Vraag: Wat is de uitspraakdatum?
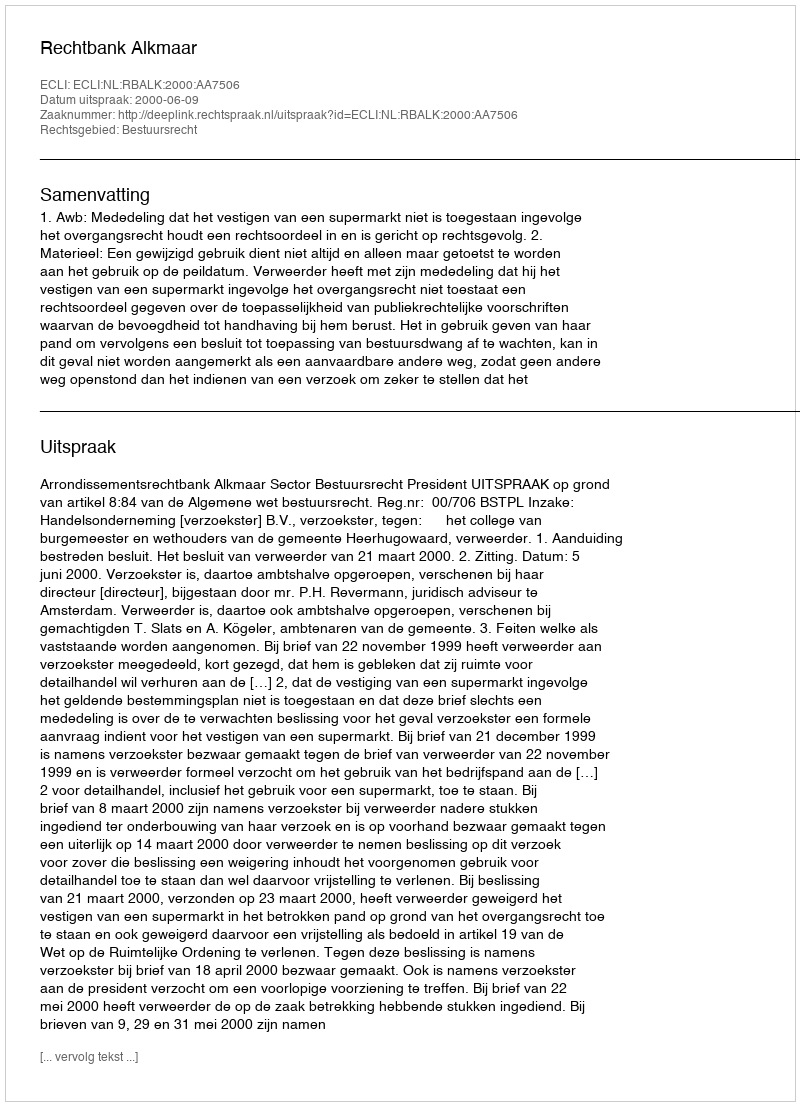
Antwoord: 2000-06-09